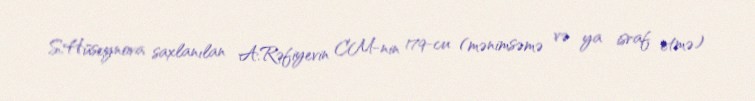
S.Hüseynova saxlanılan A.Rəfiyevin CM-nin 179-cu (mənimsəmə və ya israf etmə)